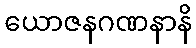
ယောဇနဂဏနာနိ